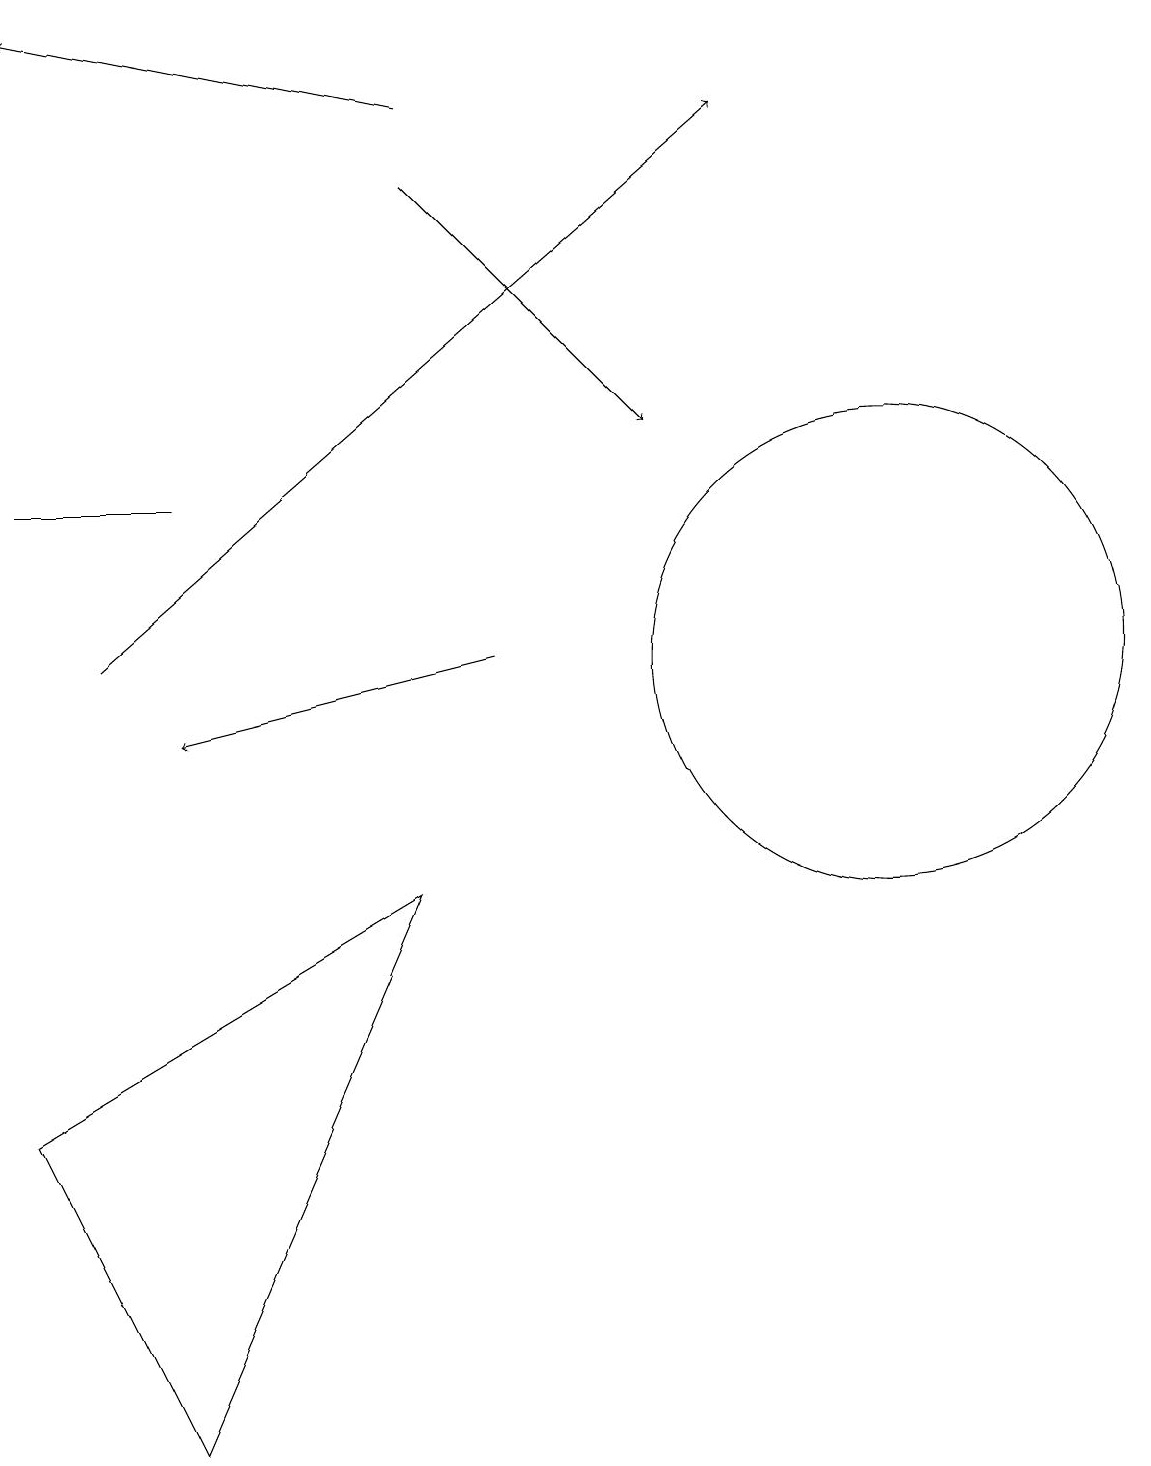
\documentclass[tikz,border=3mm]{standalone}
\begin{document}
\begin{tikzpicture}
\draw[->] (6,11) -- (2,10);
\draw[->] (5,18) -- (0,19);
\draw[->] (5,17) -- (8,14);
\draw (0,13) rectangle (2,13);
\draw (11,11) circle (3);
\draw (2,1) -- (0,5) -- (5,8) -- cycle;
\draw[->] (1,11) -- (9,18);
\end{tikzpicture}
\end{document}